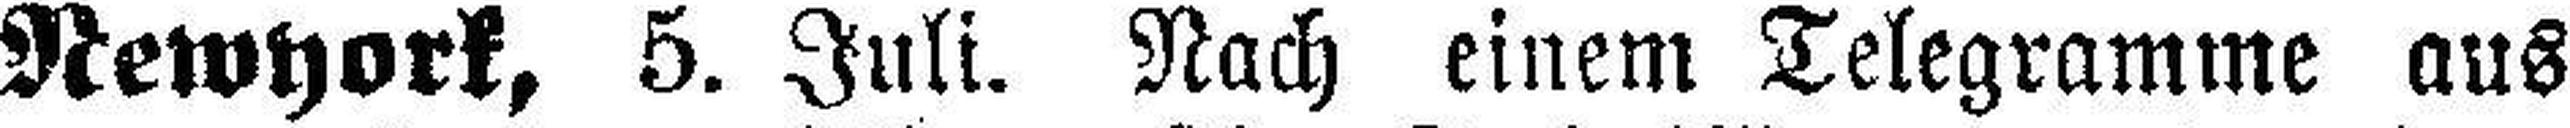
Newyork, 5. Juli. Nach einem Telegramme aus